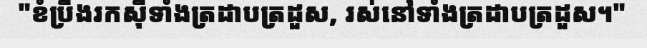
"ខំប្រឹងរកស៊ីទាំងត្រដាបត្រដួស, រស់នៅទាំងត្រដាបត្រដួស។"